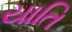
યાતિ